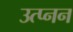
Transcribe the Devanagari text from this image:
उत्प्नन